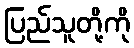
ပြည်သူတို့ကို